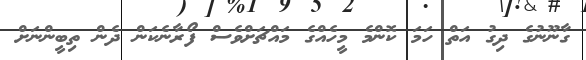
ގާނޫނުގެ ދިގު އަތް ހަމަ ކޮންމެ މީހެއްގެ މައްޗަށްވެސް ފޯރާނެކަން ދެން ތިބީންނަށް